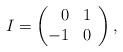
LaTeX: \begin{align*}I=\left(\begin{array}{rr}0&1\\\hspace{-1ex}-1&0\end{array}\right),\end{align*}